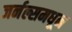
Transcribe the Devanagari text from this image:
जर्नल्समधून